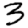
Digit: 3